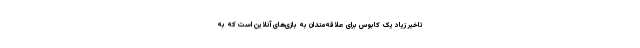
تاخیر زیاد یک کابوس برای علاقه‌مندان به بازی‌های آنلاین است که به